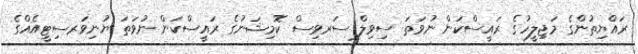
ރައްޔިތުންގެ މަޖިލީހުގެ ރައީސްކަން ނުވަތަ ސިވިލް ސަރވިސް ކޮމިޝަނުގެ ރައީސްކަން ނުވަތަ ޔުނިވަރސިޓީއެއްގެ